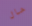
حال